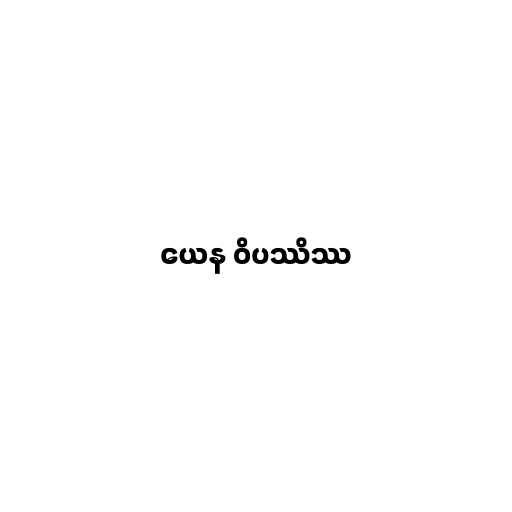
ယေန ဝိပဿိဿ